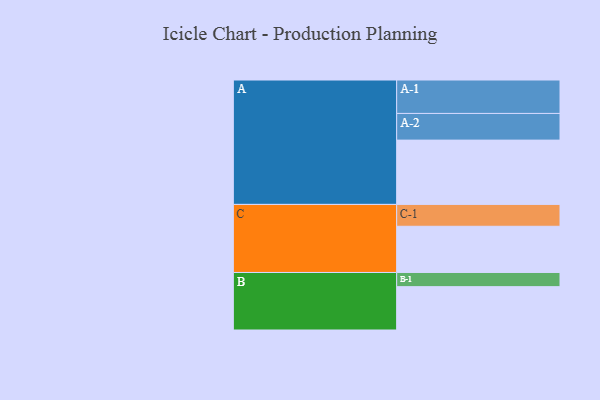
{"axis": {"x": "Segment", "y": "Value"}, "legend": ["", "A", "B", "C"], "data": [{"x": "A", "y": 494, "type": ""}, {"x": "B", "y": 333, "type": ""}, {"x": "C", "y": 355, "type": ""}, {"x": "A-1", "y": 257, "type": "A"}, {"x": "A-2", "y": 205, "type": "A"}, {"x": "B-1", "y": 109, "type": "B"}, {"x": "C-1", "y": 168, "type": "C"}]}